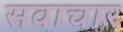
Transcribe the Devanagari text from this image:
सवाचार